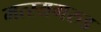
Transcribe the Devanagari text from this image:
मत्स्यगरुड